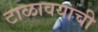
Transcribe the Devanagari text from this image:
टाळावयाची